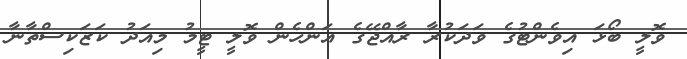
ވޮލީ ބޯޅަ އިވެންޓުގެ ވަދަކުރާ ރާއްޖޭގެ އަންހެން ވޮލީ ޓީމު މިއަދު ކަޒަކިސްތާނާ